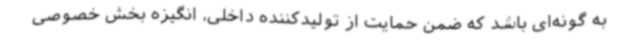
به گونه‌ای باشد که ضمن حمایت از تولیدکننده داخلی، انگیزه بخش خصوصی